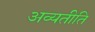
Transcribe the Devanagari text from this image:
अव्यतीति